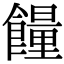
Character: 𩞯